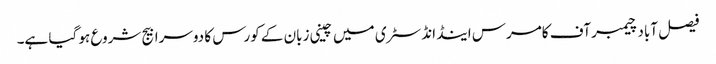
فیصل آباد چیمبر آف کامرس اینڈ انڈسٹری میں چینی زبان کے کورس کا دوسرا بیج شروع ہو گیا ہے۔